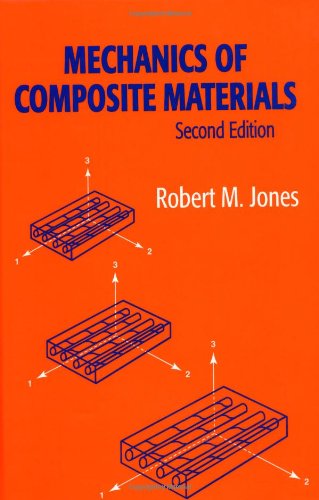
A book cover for Mechanics Of Composite Materials (Materials Science & Engineering Series); Robert M. Jones; Science & Math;